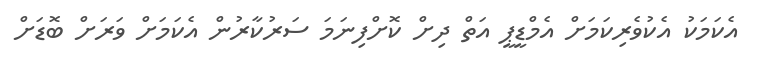
އެކަމަކު އެކުވެރިކަމަށް އެމްޑީޕީ އަތް ދިށް ކޮށްފިނަމަ ސަރުކާރުން އެކަމަށް ވަރަށް ބޮޑަށް